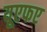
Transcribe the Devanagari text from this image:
यूएफए